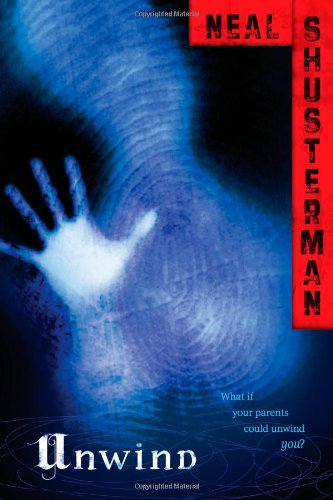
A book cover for Unwind (Unwind Dystology); Neal Shusterman; Teen & Young Adult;